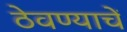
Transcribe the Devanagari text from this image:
ठेवण्याचें